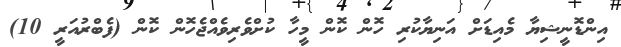
އިންޑޮނީޝިޔާ މެއިޑަށް އަނިޔާކުރި ހޮން ކޮން މީހާ ކުށްވެރިވެއްޖެހޮން ކޮން (ފެބްރުއަރީ 10)